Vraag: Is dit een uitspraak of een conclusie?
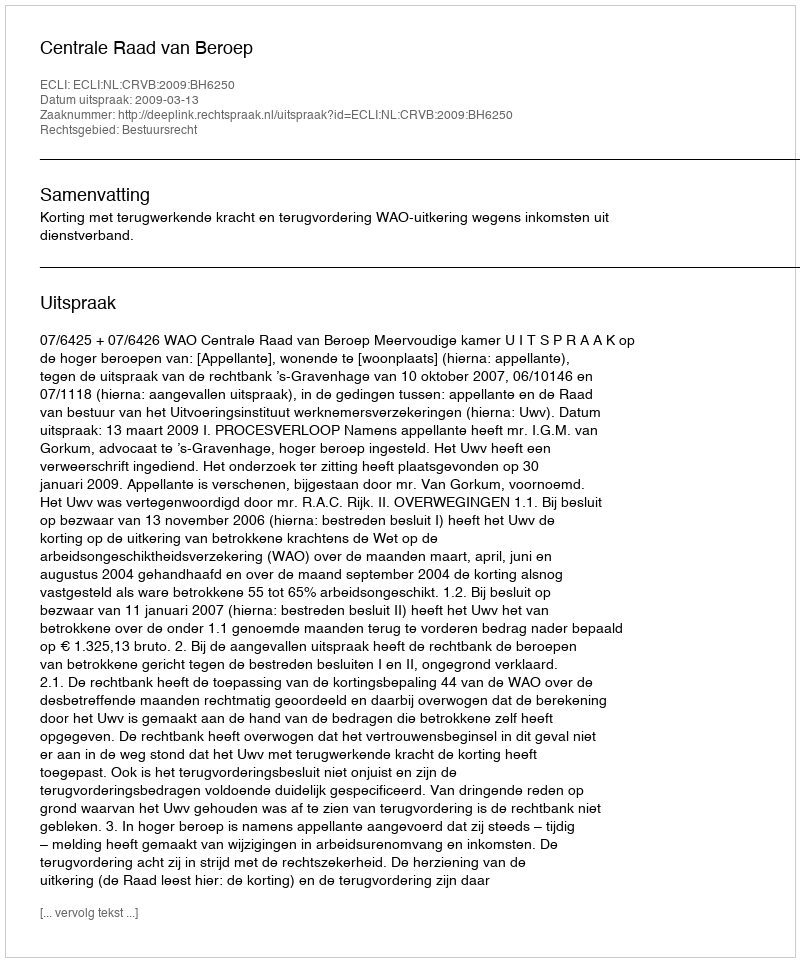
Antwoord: Uitspraak